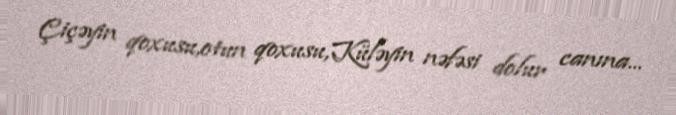
Çiçəyin qoxusu,otun qoxusu,Küləyin nəfəsi dolur canına...